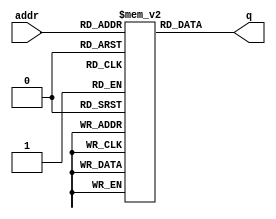
module top_module(
	input	[2:0] addr,
	output	[3:0]	q
);
reg [3:0] rom [7:0];

integer i;
initial begin
    for (i = 0; i < 8; i = i + 1) begin
        rom[i] = i;
    end
end

assign q = rom[addr];
endmodule